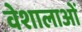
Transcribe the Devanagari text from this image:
वेशालाओं